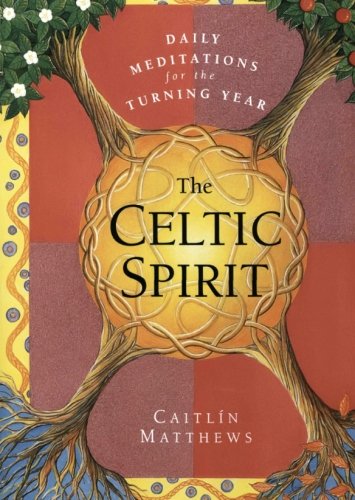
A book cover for The Celtic Spirit: Daily Meditations for the Turning Year; Caitlin Matthews; Religion & Spirituality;